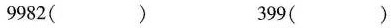
9982（）399（）